Vaccination United Provinces of Agra and Oudh 1914-1922 - 1914-1922
Year: 1914
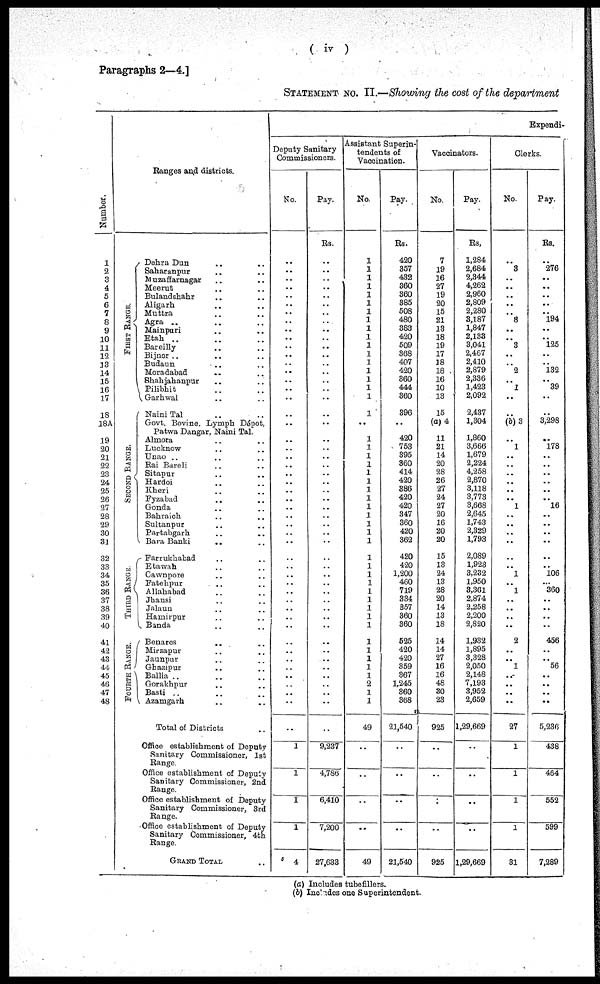
Paragraphs 2—4.]
( iv )
STATEMENT No. II.—Showing the cost of the department
Number.
1
2
3
4
5
6
7
8
9
10
11
12
13
14
15
16
17
18
18A
19
20
21
22
23
24
25
26
27
28
29
30
31
32
33
34
35
36
37
38
39
40
41
42
43
44
45
46
47
48
Ranges and districts.
FI RST RANGE.
SECOND RANGE.
THIRD RANGE.
FOURTH RANGE.
Dehra Dun .. ..
Saharanpur .. ..
Muzaffarnagar .. ..
Meerut .. ..
Bulandshahr .. ..
Aligarh .. ..
Muttra
..
..
Agra .. ..
Mainpuri .. ..
Etah .. ..
Bareilly .. ..
Bijnor ..
..
..
Budaun .. ..
Moradabad .. ..
Shahjahanpur .. ..
Pilibhit .. ..
Garhwal .. ..
Naini Tal .. ..
Govt. Bovine. Lymph Dépot,
Patwa Dangar, Naini Tal.
Almora .. ..
Lucknow .. ..
Unao .. ..
Rai Bare1i ..
Sitapur .. ..
Hardoi .. ..
Kheri .. ..
Fyzabad .. ..
Gonda .. ..
Bahraich .. ..
Sultanpur .. ..
Partabgarh .. ..
Bara Banki .. ..
Farrukhabad .. ..
Etawah .. ..
Cawnpore .. ..
Fatehpur .. ..
Allahabad .. ..
Jhansi .. ..
Jalaun .. ..
Hamirpur ..
Banda .. ..
Benares .. ..
Mirzapur .. ..
Jaunpur .. ..
Ghazipur .. ..
Ballia .. ..
Gorakhpur .. ..
Basti .. ..
Azamgarh .. ..
Total of Districts ..
Office establishment of Deputy
Sanitary Commissioner, 1st
Range.
Office establishment of Deputy
Sanitary Commissioner, 2nd
Range.
Office establishment of Deputy
Sanitary Commissioner, 3rd
Range.
Office establishment of Deputy
Sanitary Commissioner, 4th
Range.
GRAND TOTAL ..
Expendi-
Deputy Sanitary
Commissioners.
No.
..
..
..
..
..
..
..
..
..
..
..
..
..
..
..
..
..
..
..
..
..
..
..
..
..
..
..
..
..
..
..
..
..
..
..
..
..
..
..
..
..
..
..
..
..
..
..
..
..
..
1
1
1
1
4
Pay.
Rs.
..
..
..
..
..
..
..
..
..
..
..
..
..
..
..
..
..
..
..
..
..
..
..
..
..
..
..
..
..
..
..
..
..
..
..
..
..
..
..
..
..
..
..
..
..
..
..
..
..
..
9,237
4,786
6,410
7,200
27,633
Assistant Superin-
tendents of
Vaccination.
No.
1
1
1
1
1
1
1
1
1
1
1
1
1
1
1
1
1
1
..
1
1
1
1
1
1
1
1
1
1
1
1
1
1
1
1
1
1
1
1
1
1
1
1
1
1
1
2
1
1
49
..
..
..
..
49
Pay.
Rs.
420
357
432
360
360
385
508
480
383
420
509
368
407
420
360
444
360
396
..
420
753
395
360
414
420
386
420
420
347
360
420
362
420
420
1,200
460
719
334
357
360
360
525
420
420
359
367
1,245
360
368
21,540
..
..
..
..
21,540
Vaccinators.
No.
7
19
16
27
19
20
15
21
13
18
19
17
18
18
16
10
13
15
(a) 4
11
21
14
20
28
26
27
24
27
20
16
20
20
15
13
24
13
28
20
14
13
18
14
14
27
16
16
48
30
23
925
..
..
..
..
925
Pay.
Rs.
1,284
2,684
2,344
4,262
2,960
2,809
2,280
3,187
1,847
2,133
3,041
2,467
2,410
2,879
2,336
1,423
2,092
2,437
1,304
1,860
3,666
1,679
2,224
4,258
2,870
3,118
3,773
3,668
2,645
1,743
2,329
1,793
2,089
1,923
3,232
1,950
3,361
2,874
2,258
2,200
2,820
1,932
1,895
3,328
2,050
2,148
7,193
3,952
2,659
1,29,669
..
..
..
..
1,29,669
Clerks.
No.
..
3
..
..
..
..
..
8
..
..
3
..
..
2
..
1
..
..
(b) 3
..
1
..
..
..
..
..
..
1
..
..
..
..
..
..
1
..
1
..
..
..
..
2
..
..
1
..
..
..
..
27
1
1
1
1
31
Pay.
Rs.
..
276
..
..
..
..
..
194
..
..
125
..
..
132
..
39
..
..
3,298
..
178
..
..
..
..
..
..
16
..
..
..
..
..
..
106
...
360
..
..
..
..
456
..
..
56
..
..
..
..
5,236
438
464
552
599
7,289
(a) Includes tubefillers.
(b) Includes one Superintendent.